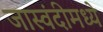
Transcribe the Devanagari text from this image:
जास्वंदीमध्ये